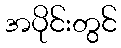
အပိုင်းတွင်